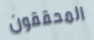
المحققون